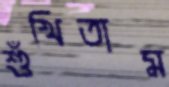
শুঁখিতাম